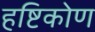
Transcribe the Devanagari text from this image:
हष्टिकोण